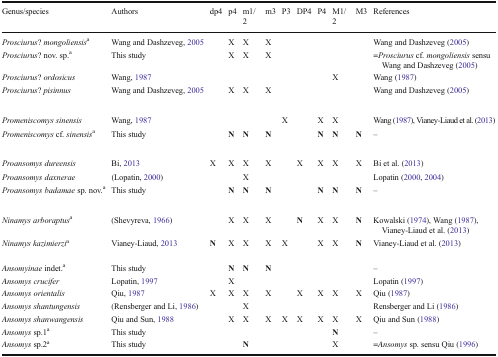
<table><thead><tr><td><b>Genus/species</b></td><td><b>Authors</b></td><td><b>dp4</b></td><td><b>p4</b></td><td><b>m1/2</b></td><td><b>m3</b></td><td><b>P3</b></td><td><b>DP4</b></td><td><b>P4</b></td><td><b>M1/2</b></td><td><b>M3</b></td><td><b>References</b></td></tr></thead><tbody><tr><td><i>Prosciurus</i>? <i>mongoliensis</i><sup>a</sup></td><td>Wang and Dashzeveg, 2005</td><td></td><td>X</td><td>X</td><td>X</td><td></td><td></td><td></td><td></td><td></td><td>Wang and Dashzeveg (2005)</td></tr><tr><td><i>Prosciurus</i>? nov. sp.<sup>a</sup></td><td>This study</td><td></td><td>X</td><td>X</td><td>X</td><td></td><td></td><td></td><td></td><td></td><td>=<i>Prosciurus</i> cf. <i>mongoliensis</i> sensu Wang and Dashzeveg (2005)</td></tr><tr><td><i>Prosciurus</i>? <i>ordosicus</i></td><td>Wang, 1987</td><td></td><td></td><td></td><td></td><td></td><td></td><td></td><td>X</td><td></td><td>Wang (1987)</td></tr><tr><td><i>Prosciurus</i>? <i>pisinnus</i></td><td>Wang and Dashzeveg, 2005</td><td></td><td>X</td><td>X</td><td>X</td><td></td><td></td><td></td><td></td><td></td><td>Wang and Dashzeveg (2005)</td></tr><tr><td><i>Promeniscomys sinensis</i></td><td>Wang, 1987</td><td></td><td></td><td></td><td></td><td>X</td><td></td><td>X</td><td>X</td><td></td><td>Wang (1987), Vianey-Liaud et al. (2013)</td></tr><tr><td><i>Promeniscomys</i> cf. <i>sinensis</i><sup>a</sup></td><td>This study</td><td></td><td><b>N</b></td><td><b>N</b></td><td><b>N</b></td><td></td><td></td><td><b>N</b></td><td><b>N</b></td><td><b>N</b></td><td>–</td></tr><tr><td><i>Proansomys dureensis</i></td><td>Bi, 2013</td><td>X</td><td>X</td><td>X</td><td>X</td><td></td><td>X</td><td>X</td><td>X</td><td>X</td><td>Bi et al. (2013)</td></tr><tr><td><i>Proansomys daxnerae</i></td><td>(Lopatin, 2000)</td><td></td><td></td><td>X</td><td></td><td></td><td></td><td></td><td></td><td></td><td>Lopatin (2000, 2004)</td></tr><tr><td><i>Proansomys badamae</i> sp. nov.<sup>a</sup></td><td>This study</td><td></td><td><b>N</b></td><td><b>N</b></td><td><b>N</b></td><td></td><td></td><td><b>N</b></td><td><b>N</b></td><td><b>N</b></td><td>–</td></tr><tr><td><i>Ninamys arboraptus</i><sup>a</sup></td><td>(Shevyreva, 1966)</td><td></td><td>X</td><td>X</td><td>X</td><td></td><td><b>N</b></td><td>X</td><td>X</td><td><b>N</b></td><td>Kowalski (1974), Wang (1987), Vianey-Liaud et al. (2013)</td></tr><tr><td><i>Ninamys kazimierzi</i><sup>a</sup></td><td>Vianey-Liaud, 2013</td><td><b>N</b></td><td>X</td><td>X</td><td>X</td><td>X</td><td></td><td>X</td><td>X</td><td><b>N</b></td><td>Vianey-Liaud et al. (2013)</td></tr><tr><td><i>Ansomyinae</i> indet.<sup>a</sup></td><td>This study</td><td></td><td><b>N</b></td><td><b>N</b></td><td><b>N</b></td><td></td><td></td><td></td><td></td><td></td><td>–</td></tr><tr><td><i>Ansomys crucifer</i></td><td>Lopatin, 1997</td><td></td><td>X</td><td></td><td></td><td></td><td></td><td></td><td></td><td></td><td>Lopatin (1997)</td></tr><tr><td><i>Ansomys orientalis</i></td><td>Qiu, 1987</td><td>X</td><td>X</td><td>X</td><td>X</td><td></td><td>X</td><td>X</td><td>X</td><td>X</td><td>Qiu (1987)</td></tr><tr><td><i>Ansomys shantungensis</i></td><td>(Rensberger and Li, 1986)</td><td></td><td></td><td>X</td><td></td><td></td><td></td><td></td><td></td><td></td><td>Rensberger and Li (1986)</td></tr><tr><td><i>Ansomys shanwangensis</i></td><td>Qiu and Sun, 1988</td><td></td><td>X</td><td>X</td><td>X</td><td>X</td><td>X</td><td>X</td><td>X</td><td>X</td><td>Qiu and Sun (1988)</td></tr><tr><td><i>Ansomys</i> sp.1<sup>a</sup></td><td>This study</td><td></td><td></td><td></td><td></td><td></td><td></td><td></td><td><b>N</b></td><td></td><td>–</td></tr><tr><td><i>Ansomys</i> sp.2<sup>a</sup></td><td>This study</td><td></td><td></td><td><b>N</b></td><td></td><td></td><td></td><td></td><td>X</td><td></td><td>=<i>Ansomys</i> sp. sensu Qiu (1996)</td></tr></tbody></table>